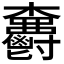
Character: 𣡫